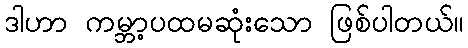
ဒါဟာ ကမ္ဘာ့ပထမဆုံးသော ဖြစ်ပါတယ်။